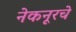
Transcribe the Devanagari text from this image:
नेकनूरचे